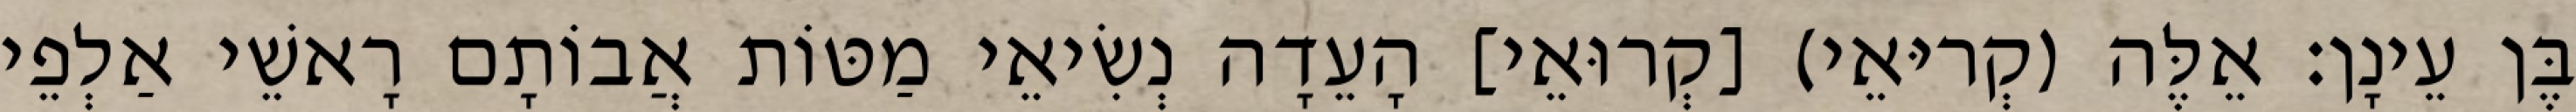
בֶּן עֵינָן׃ אֵלֶּה (קְריּאֵי) [קְרוּאֵי] הָעֵדָה נְשִׂיאֵי מַטּוֹת אֲבוֹתָם רָאשֵׁי אַלְפֵי